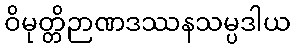
ဝိမုတ္တိဉာဏဒဿနသမ္ပဒါယ